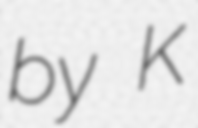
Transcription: by K